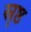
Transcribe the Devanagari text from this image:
स्रृष्ठ